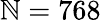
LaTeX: \mathbb{N}=768